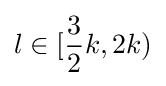
l\in [{\frac {3}{2}}k,2k)